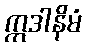
ဣဒါနိမံ